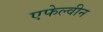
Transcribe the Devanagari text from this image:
एफेल्वीन